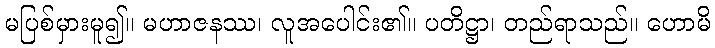
မပြစ်မှားမူ၍။ မဟာဇနဿ၊ လူအပေါင်း၏။ ပတိဋ္ဌာ၊ တည်ရာသည်။ ဟောမိ